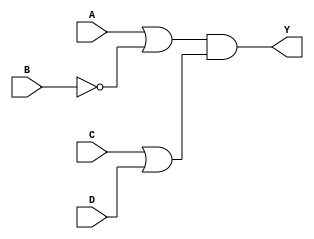
module pos_circuit (
    input wire A,       // Input A
    input wire B,       // Input B
    input wire C,       // Input C
    input wire D,       // Input D
    output wire Y       // Output Y
);

// Intermediate signals for OR gates
wire B_not;           // Complement of B
wire or1_out;        // Output of first OR gate
wire or2_out;        // Output of second OR gate

// Generate the complement of B
not(B_not, B);

// First OR gate: A + B'
or(or1_out, A, B_not);

// Second OR gate: C + D
or(or2_out, C, D);

// AND gate combining the outputs of the OR gates
and(Y, or1_out, or2_out);

endmodule